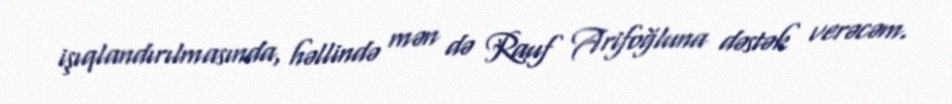
işıqlandırılmasında, həllində mən də Rauf Arifoğluna dəstək verəcəm.